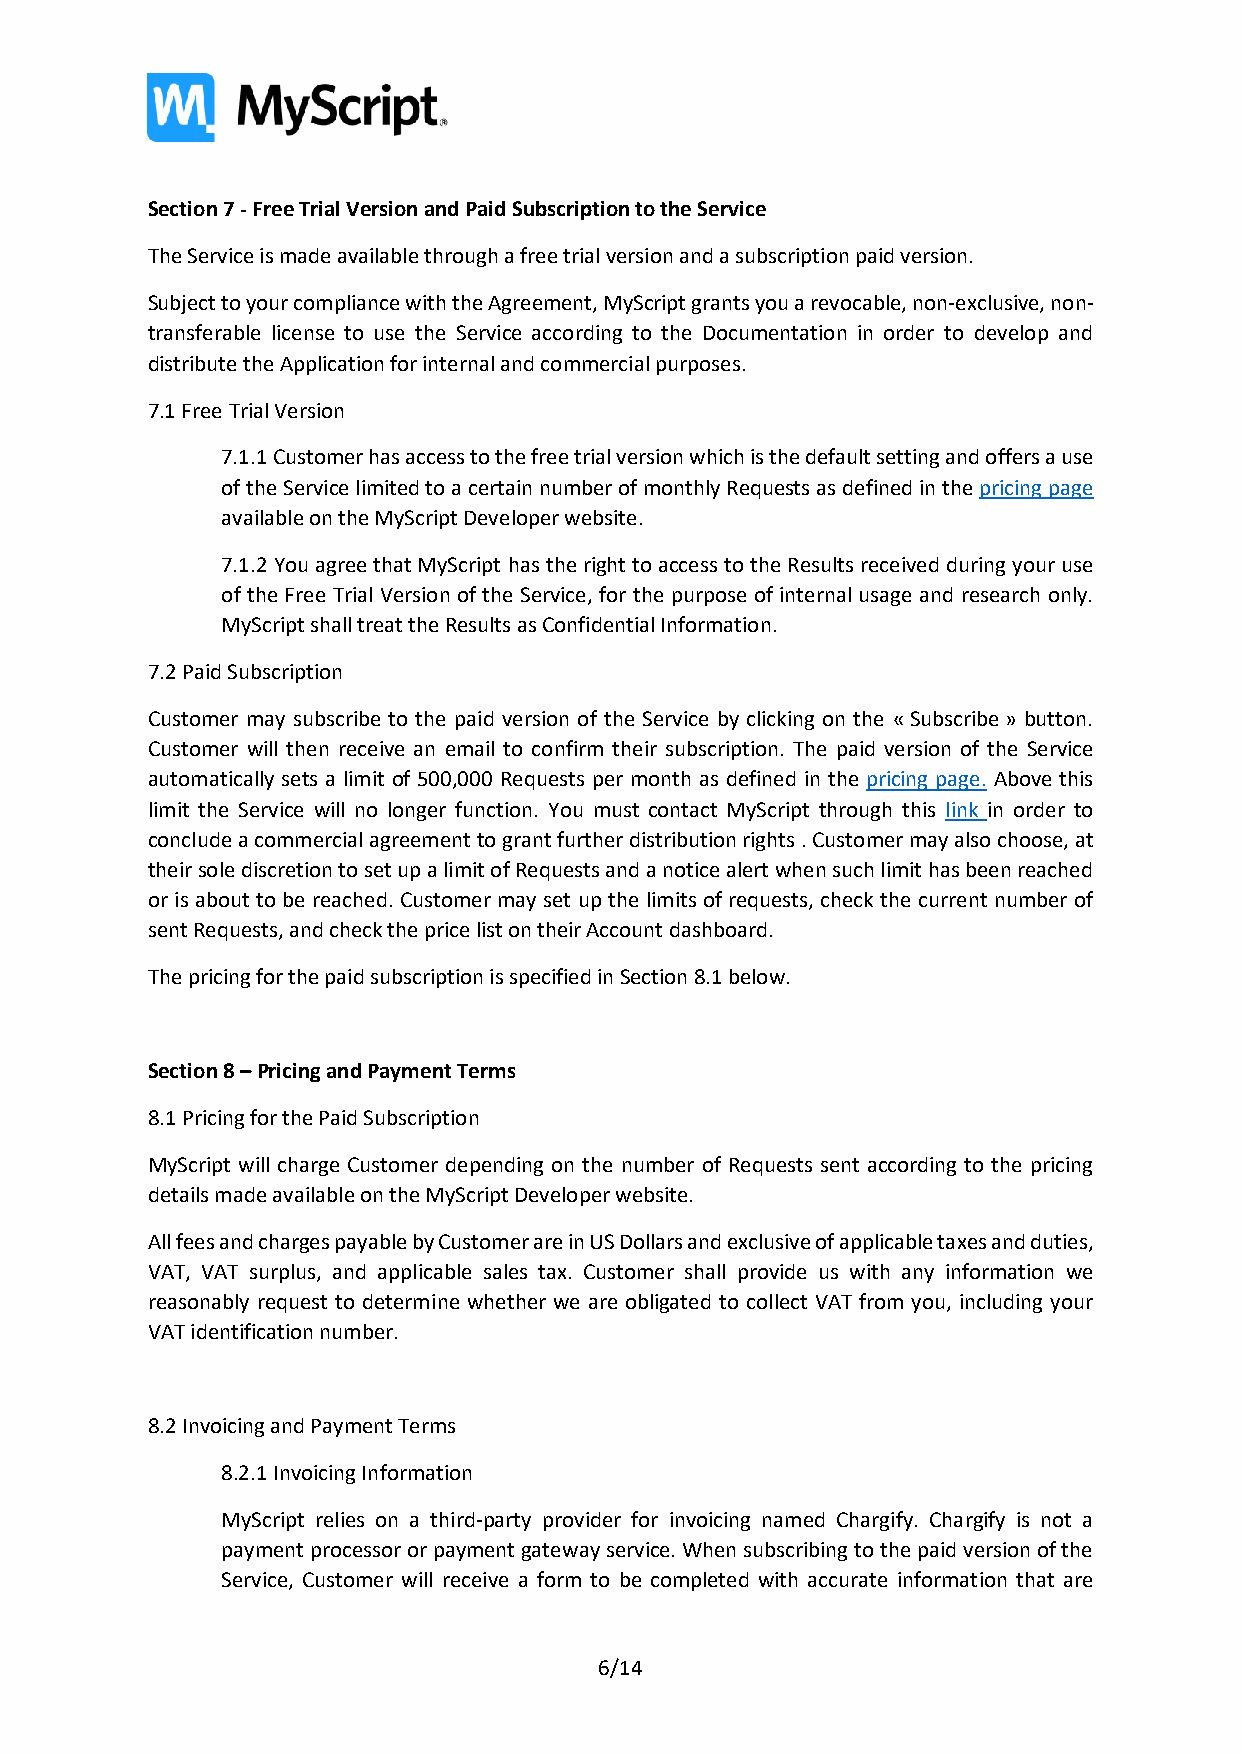
Section 7 - Free Trial Version and Paid Subscription to the Service
 The Service is made available through a free trial version and a subscription paid version.
 Subject to your compliance with the Agreement, MyScript grants you a revocable, non-exclusive, non-
 transferable license to use the Service according to the Documentation in order to develop and
 distribute the Application for internal and commercial purposes.
 7.1 Free Trial Version
 7.1.1 Customer has access to the free trial version which is the default setting and offers a use
 of the Service limited to a certain number of monthly Requests as defined in the pricing page
 available on the MyScript Developer website.
 7.1.2 You agree that MyScript has the right to access to the Results received during your use
 of the Free Trial Version of the Service, for the purpose of internal usage and research only.
 MyScript shall treat the Results as Confidential Information.
 7.2 Paid Subscription
 Customer may subscribe to the paid version of the Service by clicking on the « Subscribe » button.
 Customer will then receive an email to confirm their subscription. The paid version of the Service
 automatically sets a limit of 500,000 Requests per month as defined in the pricing page. Above this
 limit the Service will no longer function. You must contact MyScript through this link in order to
 conclude a commercial agreement to grant further distribution rights . Customer may also choose, at
 their sole discretion to set up a limit of Requests and a notice alert when such limit has been reached
 or is about to be reached. Customer may set up the limits of requests, check the current number of
 sent Requests, and check the price list on their Account dashboard.
 The pricing for the paid subscription is specified in Section 8.1 below.
 Section 8 – Pricing and Payment Terms
 8.1 Pricing for the Paid Subscription
 MyScript will charge Customer depending on the number of Requests sent according to the pricing
 details made available on the MyScript Developer website.
 All fees and charges payable by Customer are in US Dollars and exclusive of applicable taxes and duties,
 VAT, VAT surplus, and applicable sales tax. Customer shall provide us with any information we
 reasonably request to determine whether we are obligated to collect VAT from you, including your
 VAT identification number.
 8.2 Invoicing and Payment Terms
 8.2.1 Invoicing Information
 MyScript relies on a third-party provider for invoicing named Chargify. Chargify is not a
 payment processor or payment gateway service. When subscribing to the paid version of the
 Service, Customer will receive a form to be completed with accurate information that are
 6/14